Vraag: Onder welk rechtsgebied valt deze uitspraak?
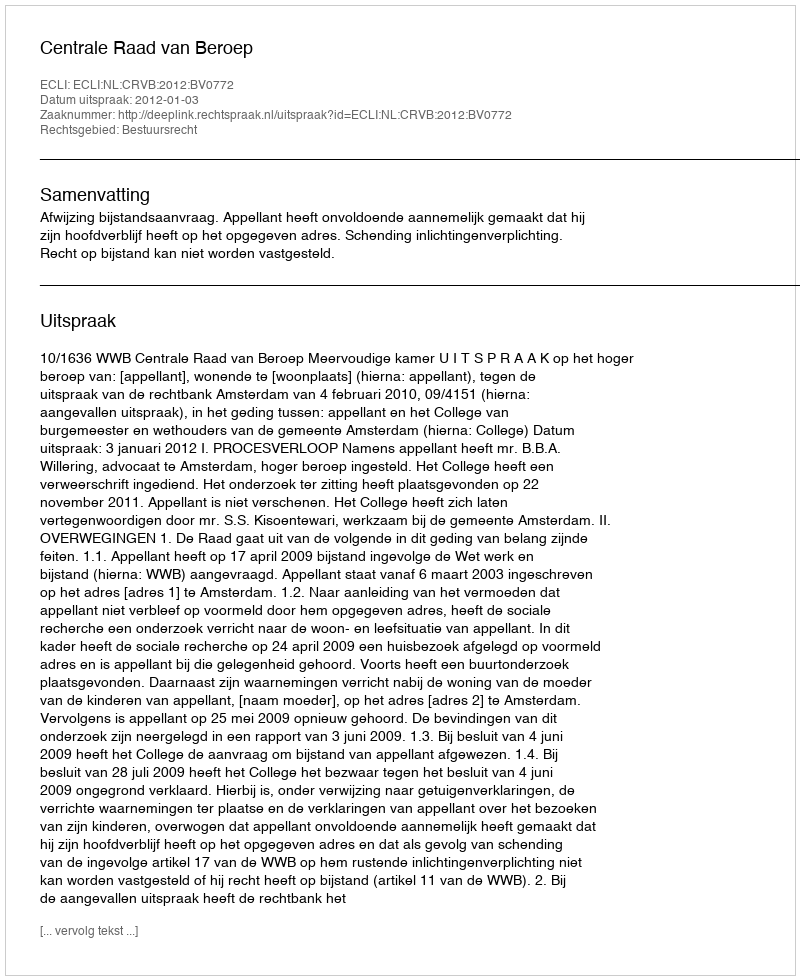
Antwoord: Bestuursrecht